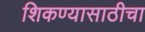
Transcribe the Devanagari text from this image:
शिकण्यासाठीचा